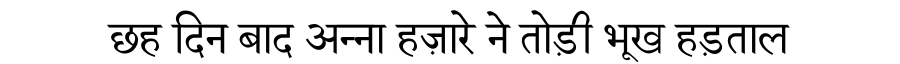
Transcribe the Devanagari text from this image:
छह दिन बाद अन्ना हज़ारे ने तोड़ी भूख हड़ताल